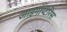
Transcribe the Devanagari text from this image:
जाइगॉप्टेरिस